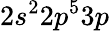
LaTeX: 2s^{2}2p^{5}3p